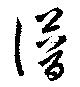
譜